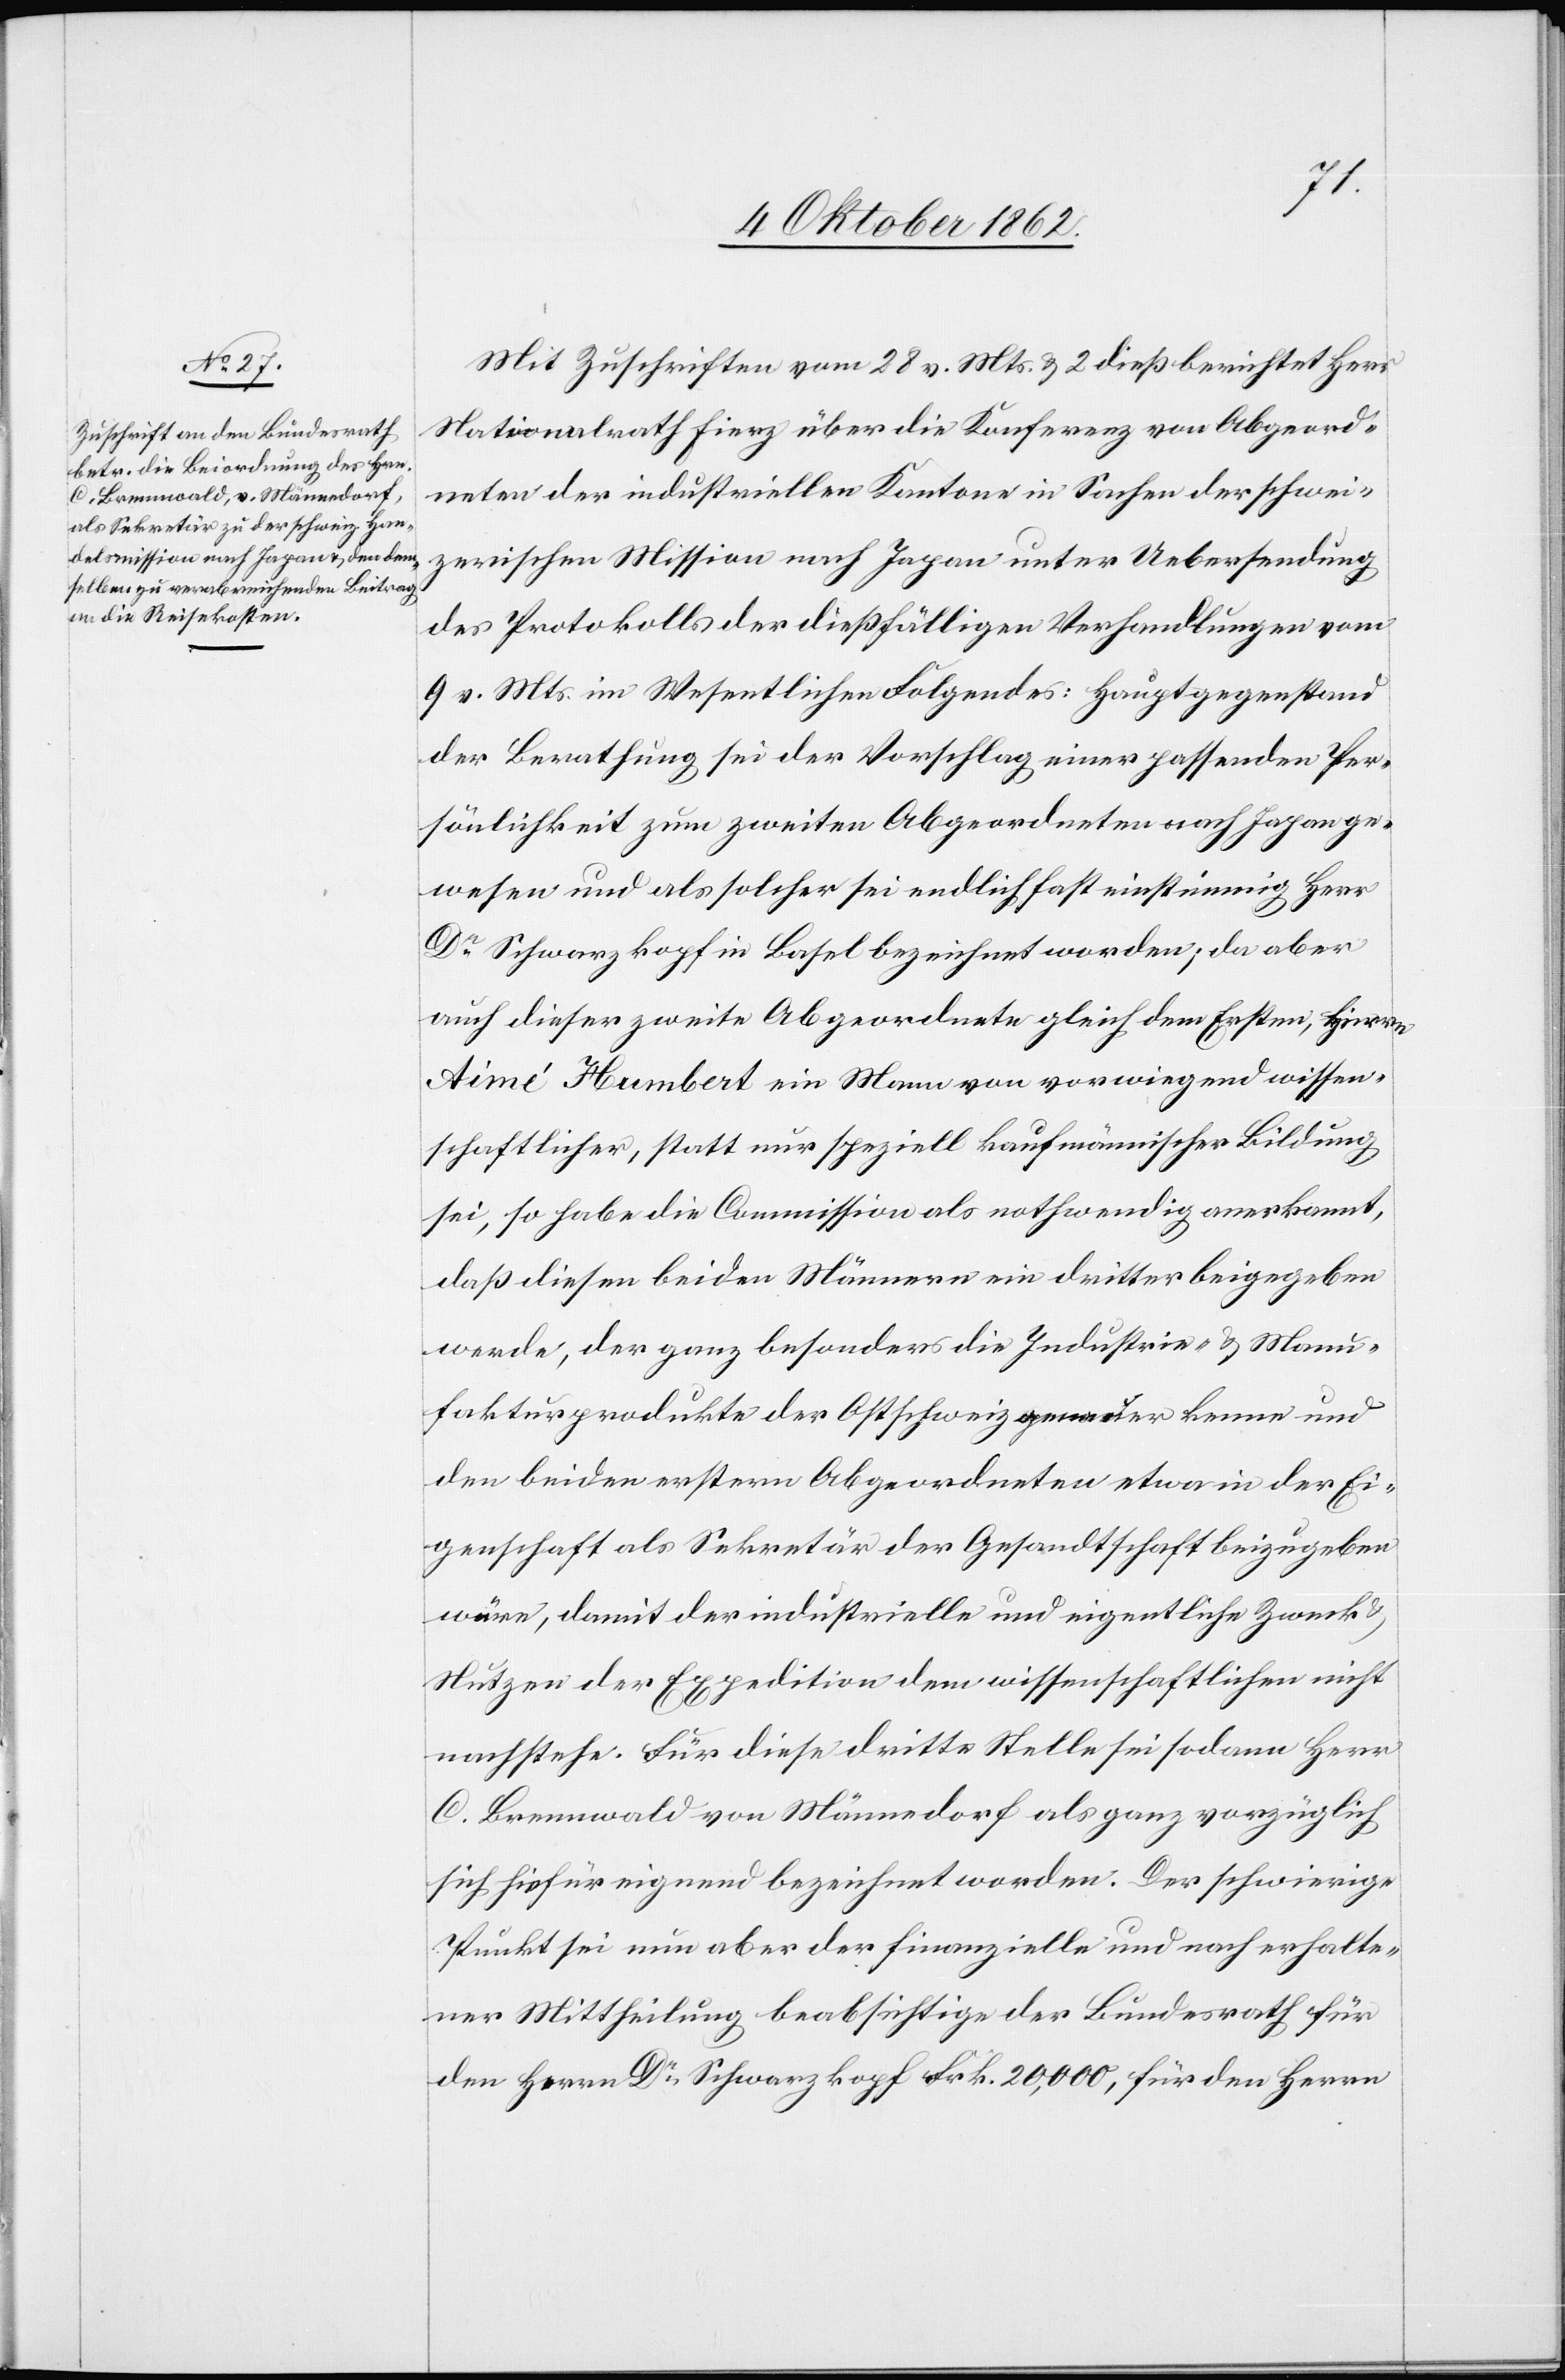
Mit Zuschrift vom 28. v. Mts. u. 2. dies berichtet Herr
Nationalrath Fierz über die Konferenz von Abgeord¬
neten der industriellen Kantone in Sachen der schwei¬
zerischen Mission nach Japan unter Uebersendung
des Protokolls der dießfälligen Verhandlungen vom
9. v. Mts. im Wesentlichen Folgendes: Hauptgegenstand
der Berathung sei der Vorschlag einer passenden Per¬
sönlichkeit zum zweiten Abgeordneten nach Japan ge¬
wesen und als solcher sei endlich fast einstimmig Herr
Dr. Schwarzkopf in Basel bezeichnet worden; da aber
auch dieser zweite Abgeordnete gleich dem Ersten, Herrn
Aimé Humbert ein Mann von vorwiegend wissen¬
schaftlicher, statt nur speziell kaufmännischer Bildung
sei, so habe die Commission als nothwendig anerkannt,
daß diesen beiden Männern ein dritter beigegeben
werde, der ganz besonders die Industrie- u. Manu¬
fakturprodukte der Ostschweiz erkenne und
den beiden erstern Abgeordneten etwa in der Ei¬
genschaft als Sekretär der Gesandtschaft beizugeben
wäre, damit der industrielle und eigentliche Zweck
Nutzen der Expedition dem wissenschaftlichen nicht
nachstehe. Für diese dritte Stelle sei sodann Herr
C. Brennwald von Männedorf als ganz vorzüglich
sich hiefür eignend bezeichnet worden. Der schwierige
Punkt sei nun aber der finanzielle und nach erhalte¬
ner Mittheilung beabsichtige der Bundesrath für
den Herrn Dr. Schwarzkopf Frk. 20,000, für den Herrn